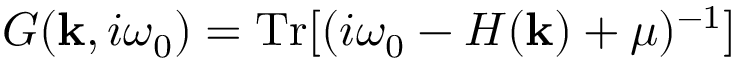
G ( { \mathbf { k } } , i \omega _ { 0 } ) = \operatorname { T r } [ ( i \omega _ { 0 } - H ( { \mathbf { k } } ) + \mu ) ^ { - 1 } ]